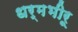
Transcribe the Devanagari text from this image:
धर्मभीरू